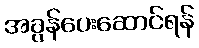
အခွန်ပေးဆောင်ရန်